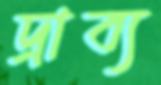
দ্রাব্য